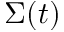
\Sigma ( t )